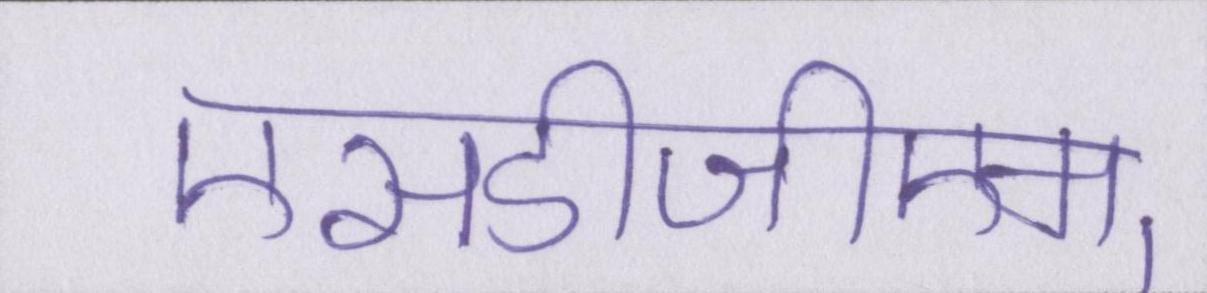
एसडीजीएम्